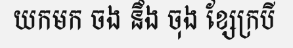
យកមក ចង នឹង ចុង ខ្សែក្របី